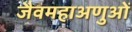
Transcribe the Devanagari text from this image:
जैवमहाअणुओं